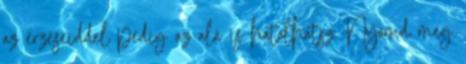
az érzéseiddel pedig az alá is hatolhatsz. Nyomd meg